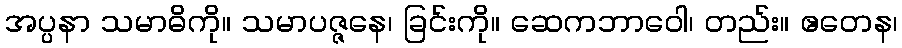
အပ္ပနာ သမာဓိကို။ သမာပဇ္ဇနေ၊ ခြင်းကို။ ဆေကဘာဝေါ၊ တည်း။ ဧတေန၊